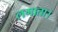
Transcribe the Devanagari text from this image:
लगाता।